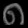
Digit: ၈